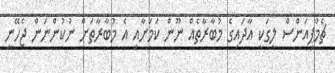
ޗެމްޕިއަންސް ލީގަކީ އާދައިގެ މުބާރާތެއް ނޫން ކަމަށާއި އެ މުބާރާތަށް ނުކުންނަން ޖެހޭނީ